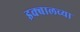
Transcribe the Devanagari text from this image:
इक्बालच्या